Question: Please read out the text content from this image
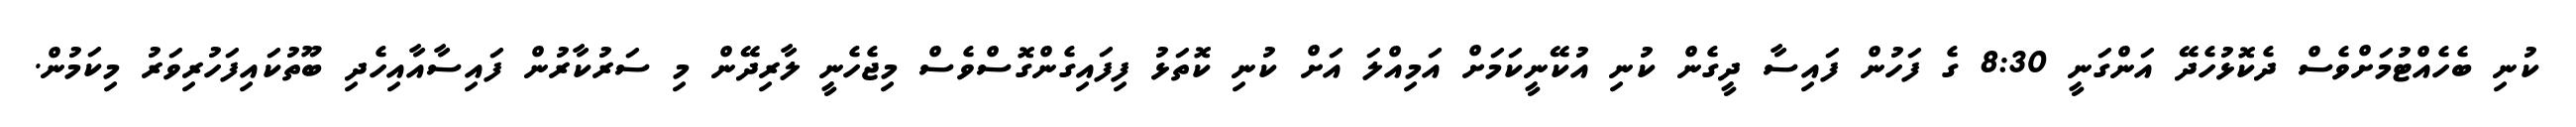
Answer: ކުނި ބެހެއްޓުމަށްވެސް ދެކޮޅުހެދޭ އަންގަނީ 8:30 ގެ ފަހުން ފައިސާ ދީގެން ކުނި އުކޭނީކަމަށް އަމިއްލަ އަށް ކުނި ކޮތަޅު ފިފައިގެންގޮސްވެސް މިޖެހެނީ ލާރިދޭން މި ސަރުކާރުން ފައިސާއާއިހެދި ބޫތުކައިފަހުރިވަރު މިކަމުން.